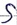
Text: S